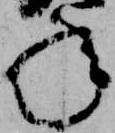
年